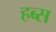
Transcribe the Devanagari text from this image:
हब्स